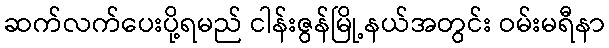
ဆက်လက်ပေးပို့ရမည် ငါန်းဇွန်မြို့နယ်အတွင်း ဝမ်းမရီနာ